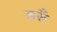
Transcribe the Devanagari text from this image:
डरुँ